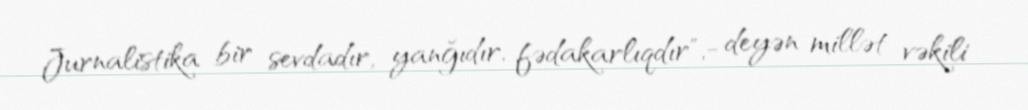
Jurnalistika bir sevdadır, yanğıdır, fədakarlıqdır",- deyən millət vəkili